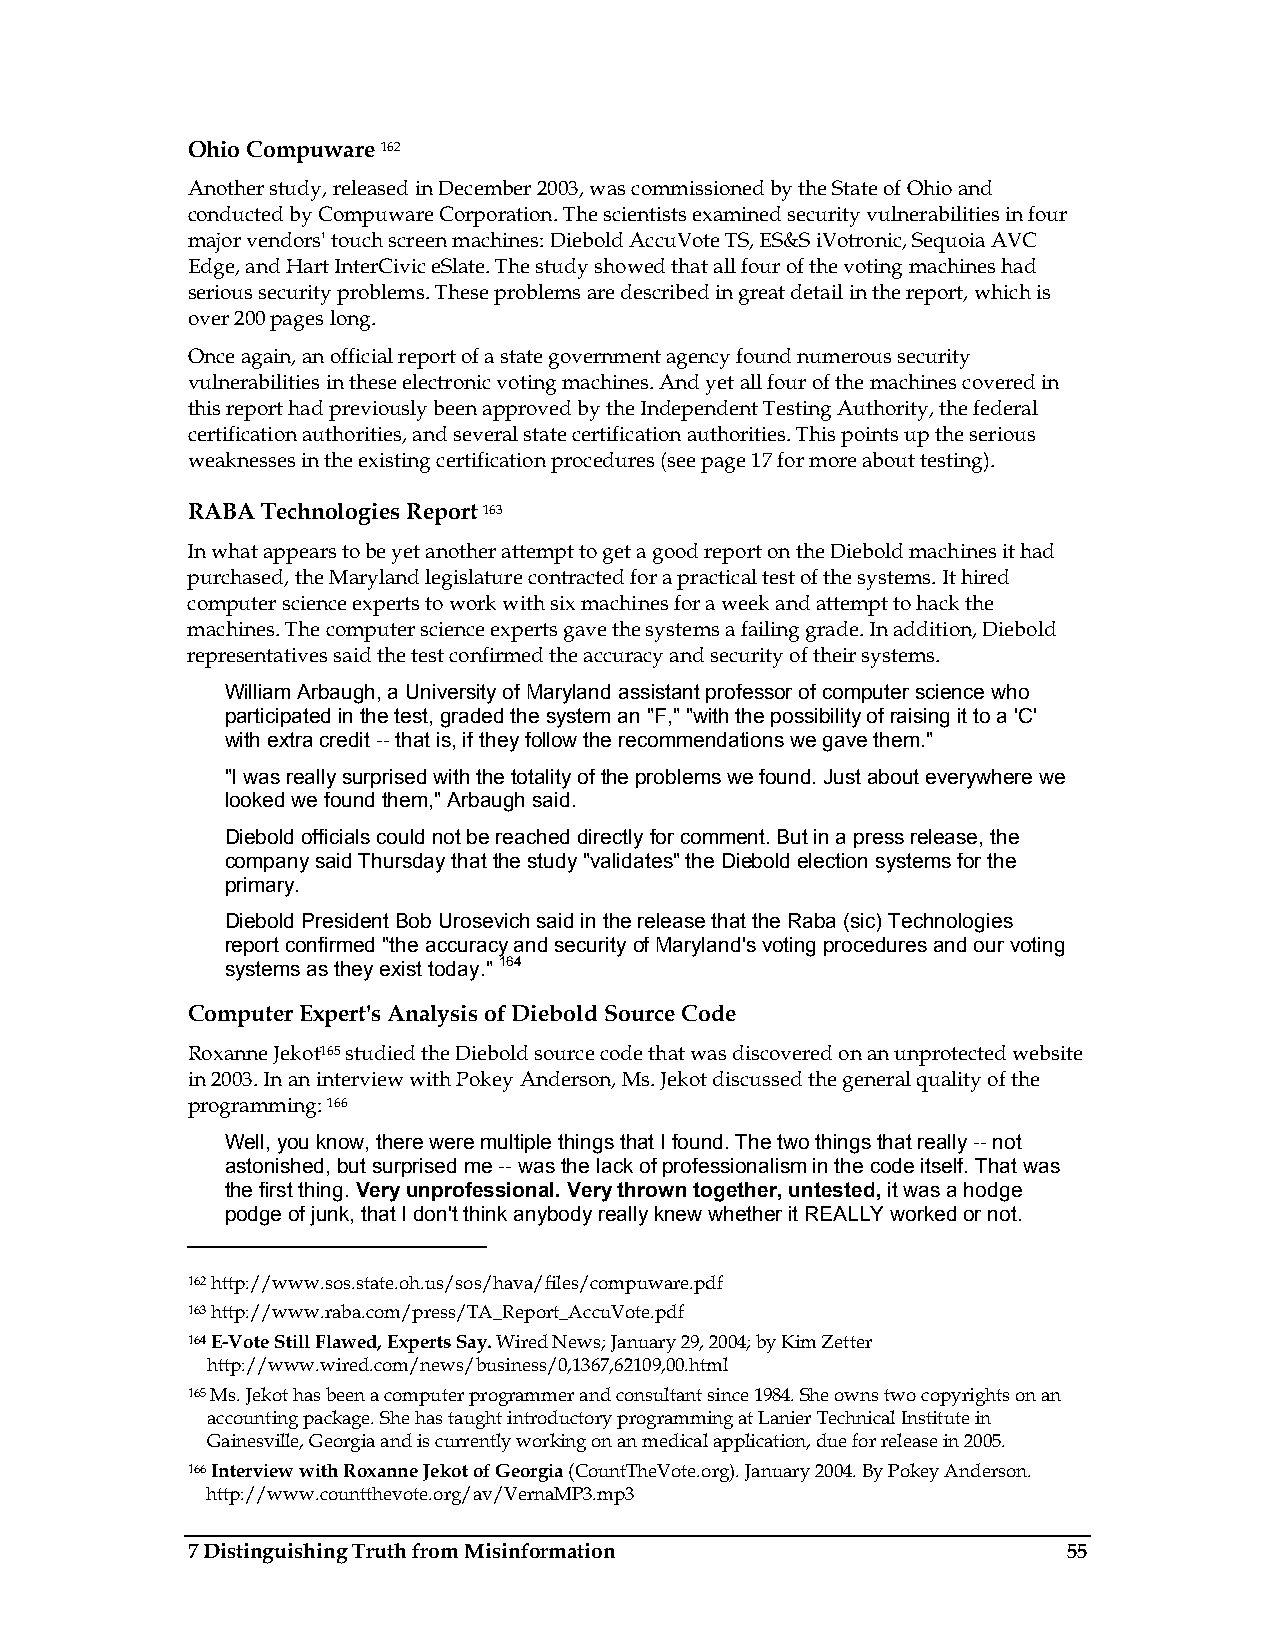
Ohio Compuware 162
 Another study, released in December 2003, was commissioned by the State of Ohio and
 conducted by Compuware Corporation. The scientists examined security vulnerabilities in four
 major vendors' touch screen machines: Diebold AccuVote TS, ES&S iVotronic, Sequoia AVC
 Edge, and Hart InterCivic eSlate. The study showed that all four of the voting machines had
 serious security problems. These problems are described in great detail in the report, which is
 over 200 pages long.
 Once again, an official report of a state government agency found numerous security
 vulnerabilities in these electronic voting machines. And yet all four of the machines covered in
 this report had previously been approved by the Independent Testing Authority, the federal
 certification authorities, and several state certification authorities. This points up the serious
 weaknesses in the existing certification procedures (see page 17 for more about testing).
 RABA Technologies Report 163
 In what appears to be yet another attempt to get a good report on the Diebold machines it had
 purchased, the Maryland legislature contracted for a practical test of the systems. It hired
 computer science experts to work with six machines for a week and attempt to hack the
 machines. The computer science experts gave the systems a failing grade. In addition, Diebold
 representatives said the test confirmed the accuracy and security of their systems.
 William Arbaugh, a University of Maryland assistant professor of computer science who
 participated in the test, graded the system an "F," "with the possibility of raising it to a 'C'
 with extra credit -- that is, if they follow the recommendations we gave them."
 "I was really surprised with the totality of the problems we found. Just about everywhere we
 looked we found them," Arbaugh said.
 Diebold officials could not be reached directly for comment. But in a press release, the
 company said Thursday that the study "validates" the Diebold election systems for the
 primary.
 Diebold President Bob Urosevich said in the release that the Raba (sic) Technologies
 report confirmed "the accuracy and security of Maryland's voting procedures and our voting
 systems as they exist today." 164
 Computer Expert's Analysis of Diebold Source Code
 Roxanne Jekot165 studied the Diebold source code that was discovered on an unprotected website
 in 2003. In an interview with Pokey Anderson, Ms. Jekot discussed the general quality of the
 programming: 166
 Well, you know, there were multiple things that I found. The two things that really -- not
 astonished, but surprised me -- was the lack of professionalism in the code itself. That was
 the first thing. Very unprofessional. Very thrown together, untested, it was a hodge
 podge of junk, that I don't think anybody really knew whether it REALLY worked or not.
 162 http://www.sos.state.oh.us/sos/hava/files/compuware.pdf
 163 http://www.raba.com/press/TA_Report_AccuVote.pdf
 164 E-Vote Still Flawed, Experts Say. Wired News; January 29, 2004; by Kim Zetter
 http://www.wired.com/news/business/0,1367,62109,00.html
 165 Ms. Jekot has been a computer programmer and consultant since 1984. She owns two copyrights on an
 accounting package. She has taught introductory programming at Lanier Technical Institute in
 Gainesville, Georgia and is currently working on an medical application, due for release in 2005.
 166 Interview with Roxanne Jekot of Georgia (CountTheVote.org). January 2004. By Pokey Anderson.
 http://www.countthevote.org/av/VernaMP3.mp3
 7 Distinguishing Truth from Misinformation                 55